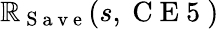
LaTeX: \mathbb{R}_{\mathrm{{~S~a~v~e~}}}(s,\mathrm{{~C~E~5~}})